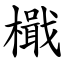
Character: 檝